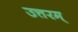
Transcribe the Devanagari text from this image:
उत्तरम्